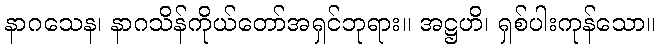
နာဂသေန၊ နာဂသိန်ကိုယ်တော်အရှင်ဘုရား။ အဋ္ဌဟိ၊ ရှစ်ပါးကုန်သော။